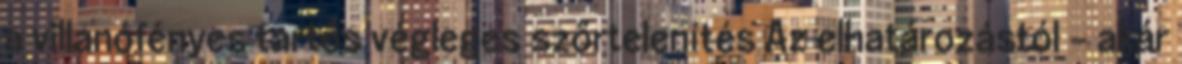
a villanófényes tartós végleges szőrtelenítés Az elhatározástól – akár